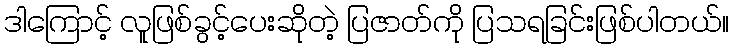
ဒါကြောင့် လူဖြစ်ခွင့်ပေးဆိုတဲ့ ပြဇာတ်ကို ပြသရခြင်းဖြစ်ပါတယ်။